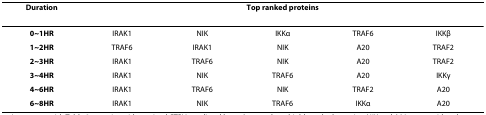
| Duration | <COLSPAN=5> Top ranked proteins |
 | --- | --- | --- | --- | --- | --- |
 | 0~1HR | IRAK1 | NIK | IKKα | TRAF6 | IKKβ |
 | 1~2HR | TRAF6 | IRAK1 | NIK | A20 | TRAF2 |
 | 2~3HR | IRAK1 | TRAF6 | NIK | A20 | TRAF2 |
 | 3~4HR | IRAK1 | NIK | TRAF6 | A20 | IKKγ |
 | 4~6HR | IRAK1 | TRAF6 | NIK | TRAF2 | A20 |
 | 6~8HR | IRAK1 | NIK | TRAF6 | IKKα | A20 |